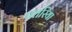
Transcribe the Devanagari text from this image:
पतरिया